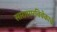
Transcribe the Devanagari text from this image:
सारासारविवेकाचे